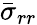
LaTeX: \bar{\sigma}_{rr}